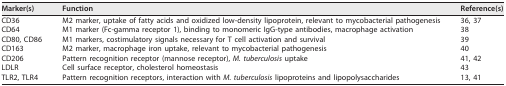
| Marker(s) | Function | Reference(s) |
 | --- | --- | --- |
 | CD36 | M2 marker, uptake of fatty acids and oxidized low-density lipoprotein, relevant to mycobacterial pathogenesis | 36, 37 |
 | CD64 | M1 marker (Fc-gamma receptor 1), binding to monomeric IgG-type antibodies, macrophage activation | 38 |
 | CD80, CD86 | M1 markers, costimulatory signals necessary for T cell activation and survival | 39 |
 | CD163 | M2 marker, macrophage iron uptake, relevant to mycobacterial pathogenesis | 40 |
 | CD206 | Pattern recognition receptor (mannose receptor), M. tuberculosis uptake | 41, 42 |
 | LDLR | Cell surface receptor, cholesterol homeostasis | 43 |
 | TLR2, TLR4 | Pattern recognition receptors, interaction with M. tuberculosis lipoproteins and lipopolysaccharides | 13, 41 |